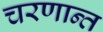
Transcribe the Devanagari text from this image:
चरणान्त